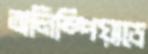
অলিম্পিয়াডে